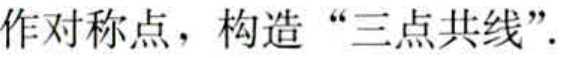
作对称点，构造 “三点共线”.